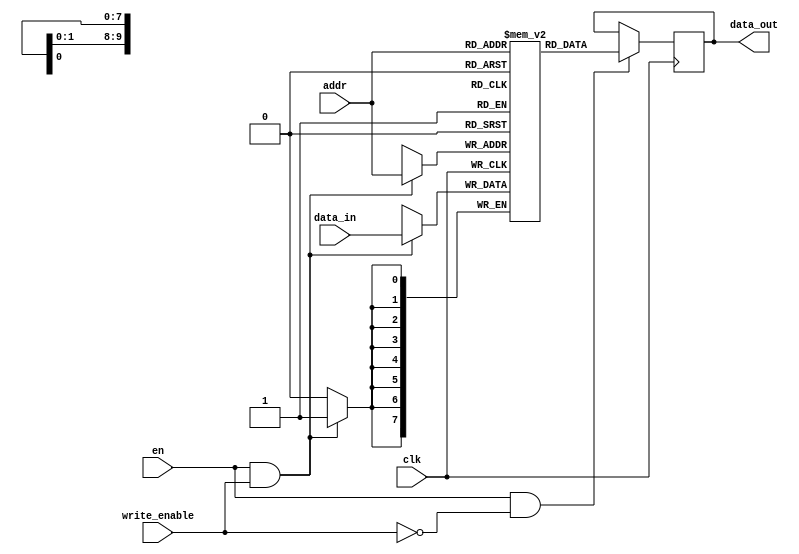
module eprom (
  input wire clk,
  input wire en,
  input wire write_enable,
  input wire [9:0] addr,
  input wire [7:0] data_in,
  output reg [7:0] data_out
);

reg [7:0] memory [0:1023]; // 1024 memory locations for storing data

always @(posedge clk) begin
  if (en && write_enable) begin
    memory[addr] <= data_in;
  end
end

always @(posedge clk) begin
  if (en && !write_enable) begin
    data_out <= memory[addr];
  end
end

endmodule